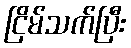
ငြိမ်သက်ပြီး